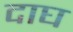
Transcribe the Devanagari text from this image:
दाघ